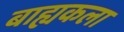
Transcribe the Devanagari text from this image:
बाह्यकला